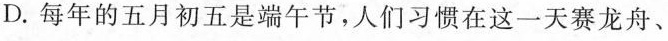
D.每年的五月初五是端午节，人们习惯在这一天赛龙舟、